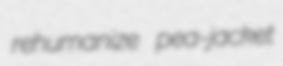
rehumanize pea-jacket